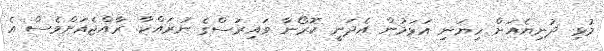
މުޅި ދުނިޔެއަށް ހިޔަނި އަޅަމުން އެދަނީ ކޮރޯނާ ވައިރަސްގެ ނުރައްކާ. ރާއްޖެއަށްވެސް އެ